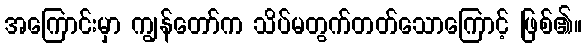
အကြောင်းမှာ ကျွန်တော်က သိပ်မတွက်တတ်သောကြောင့် ဖြစ်၏။